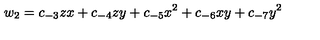
w _ { 2 } = c _ { - 3 } z x + c _ { - 4 } z y + c _ { - 5 } x ^ { 2 } + c _ { - 6 } x y + c _ { - 7 } y ^ { 2 }